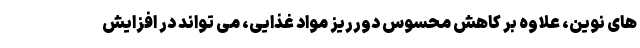
های نوین، علاوه بر کاهش محسوس دورریز مواد غذایی، می تواند در افزایش